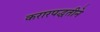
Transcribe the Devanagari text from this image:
करारपद्धतीने